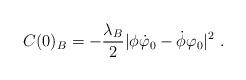
LaTeX: \begin{align*}C(0)_B=-\frac{\lambda_B}{2}|\phi\dot\varphi_0-\dot\phi\varphi_0|^2\ .\end{align*}